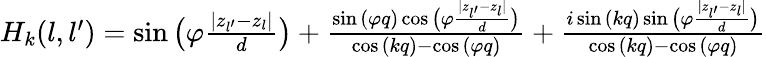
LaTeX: \begin{array}{r}{H_{k}(l,l^{\prime})=\sin{\big(\varphi\frac{|z_{l^{\prime}}-z_{l}|}{d}\big)}+\frac{\sin{(\varphi q)}\cos{\big(\varphi\frac{|z_{l^{\prime}}-z_{l}|}{d}\big)}}{\cos{(kq)}-\cos{(\varphi q)}}+\frac{i\sin{(kq)}\sin{\big(\varphi\frac{|z_{l^{\prime}}-z_{l}|}{d}\big)}}{\cos{(kq)}-\cos{(\varphi q)}}}\end{array}